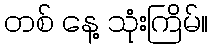
တစ် နေ့ သုံးကြိမ်။